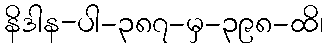
နိဒါန-ပါ-၃၈၇-မှ-၃၉၈-ထိ၊